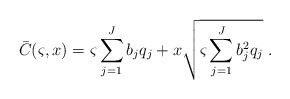
\begin{align*}{\bar{C}(\varsigma,x)} = \varsigma \sum\limits_{j = 1}^J {{b_j}{q_j} + x\sqrt {\varsigma \sum\limits_{j = 1}^J {b_j^2{q_j}} } }\ .\end{align*}